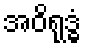
အဝိရုဒ္ဓံ